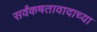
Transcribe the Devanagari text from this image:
सर्वंकषतावादाच्या